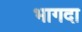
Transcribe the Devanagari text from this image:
भागदा